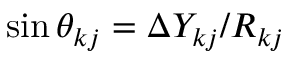
\sin \theta _ { k j } = \Delta Y _ { k j } / R _ { k j }